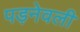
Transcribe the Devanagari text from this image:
पड़नेवली